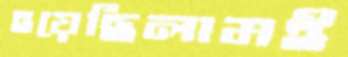
হয়েছিলামই